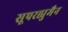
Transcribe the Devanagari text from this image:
सूपरह्युमैन